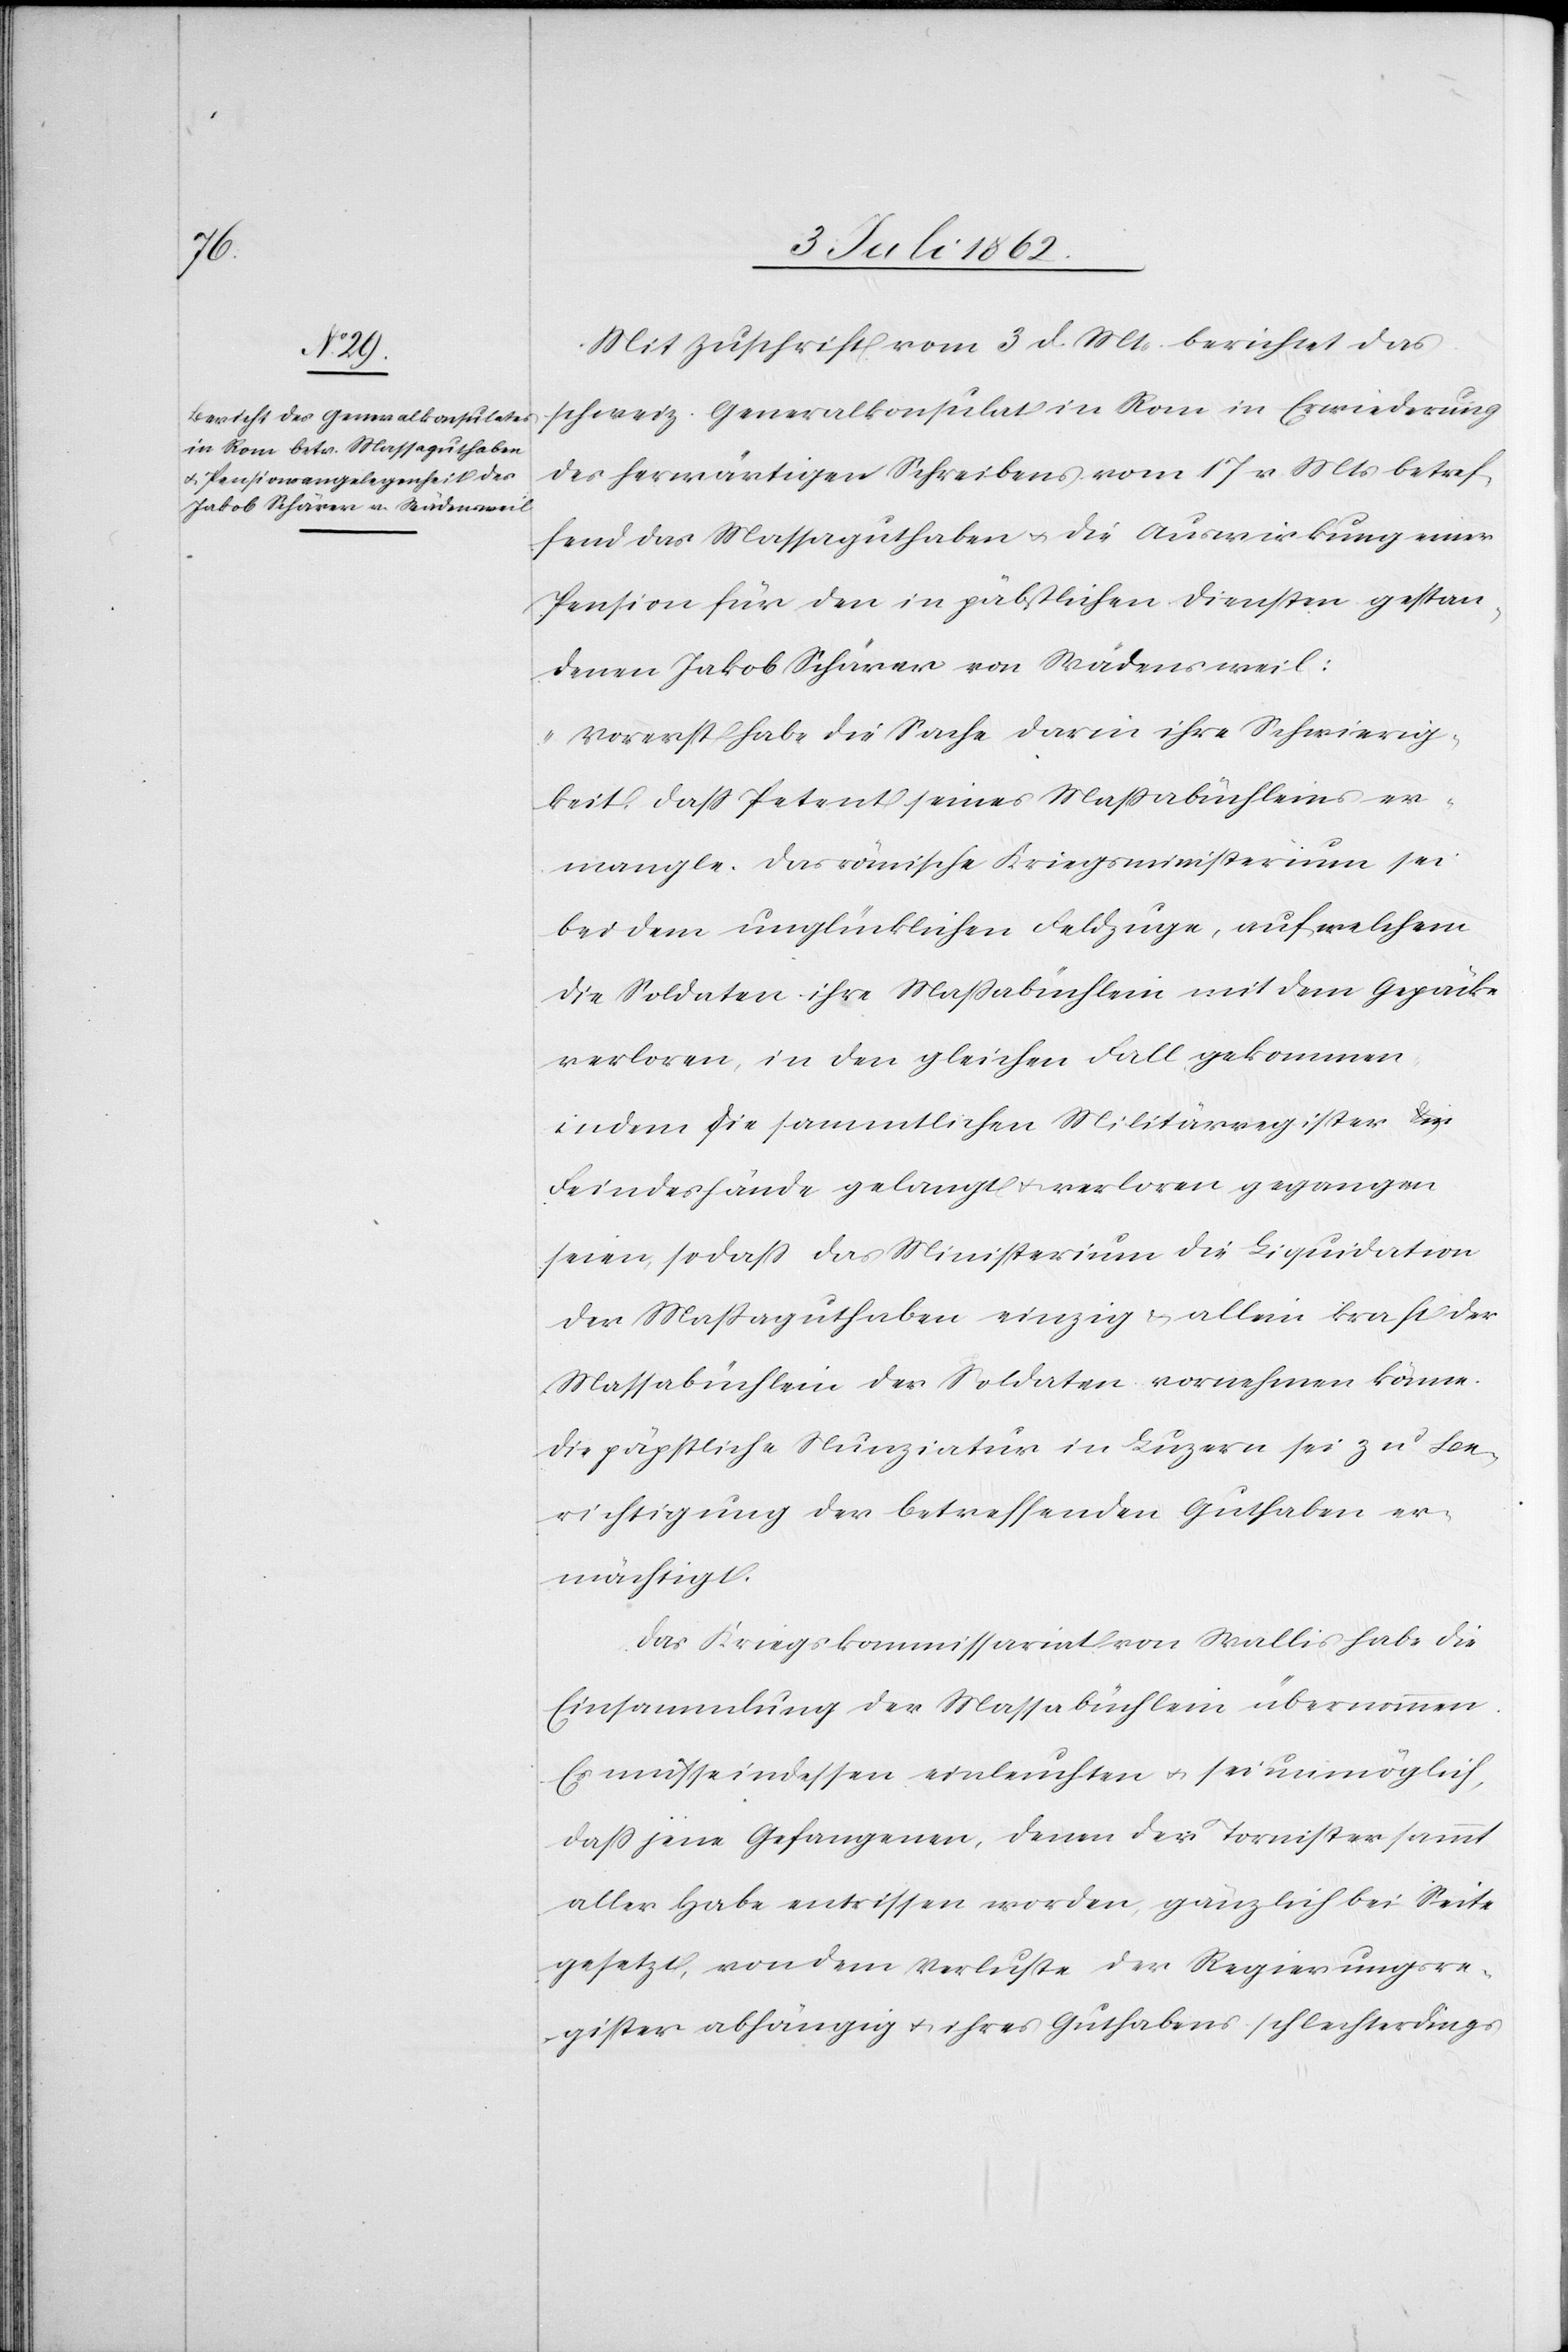
Mit Zuschrift vom 3 d. Mts. berichtet das
schweiz. Generalkonsulat in Rom in Erwiederung
des herwärtigen Schreibens vom 17 v. Mts. betref¬
fend das Massaguthaben die Auswirkung einer
Pension für den in päbstlichen Diensten gestan¬
denen Jakob Schärer von Wädensweil:
„Vorerst habe die Sache darin ihre Schwierig¬
keit daß Petent seines Maßabüchleins er¬
mangle. Das römische Kriegsministerium sei
bei dem unglücklichen Feldzuge, auf welchem
die Soldaten ihre Maßabüchlein mit dem Gepäck
verloren, in den gleichen Fall gekommen
indem die sammtlichen [sic!] Militärregister in
Feindeshände gelangt u. verloren gegangen
seien, sodaß das Ministerium die Liquidation
der Maßaguthaben einzig u. allein kraft der
Massabüchlein der Soldaten vornehmen könne.
Die päpstliche Nunziatur in Luzern sei zu Be¬
richtigung der betreffenden Guthaben er¬
mächtigt.
Das Kriegskommissariat von Wallis habe die
Einsammlung der Massabüchlein übernommen.
Es müsse indessen einleuchten u. sei unmöglich,
daß jene Gefangenen, denen der Tornister sammt
aller Habe entrissen worden, gänzlich bei Seite
gesetzt, von dem Verluste der Regierungsre¬
gister abhängig u. ihres Guthabens schlechterdings